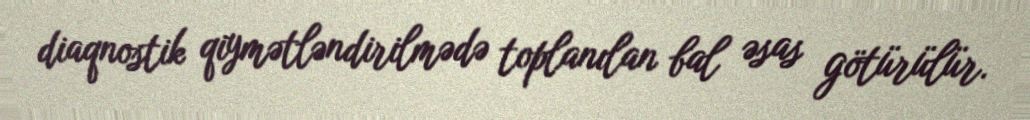
diaqnostik qiymətləndirilmədə toplanılan bal əsas götürülür.